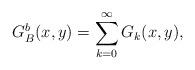
LaTeX: \begin{align*}G_{B}^{b}(x,y)=\sum_{k=0}^{\infty}G_{k}(x,y),\end{align*}